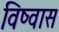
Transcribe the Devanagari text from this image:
विष्वास